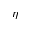
\eta